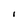
Character: I